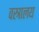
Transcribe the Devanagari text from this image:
वस्त्रालय